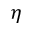
\eta